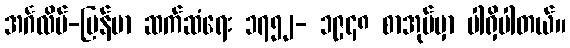
အင်္ဂလိပ်-မြန်မာ ဆက်ဆံရေး ၁၇၅၂- ၁၉၄၈ စာအုပ်မှာ ပါရှိပါတယ်။